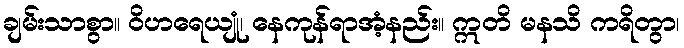
ချမ်းသာစွာ။ ဝိဟရေယျုံ၊ နေကုန်ရာအံ့နည်း။ ဣတိ မနသိ ကရိတွာ၊